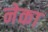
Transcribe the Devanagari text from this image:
नेका